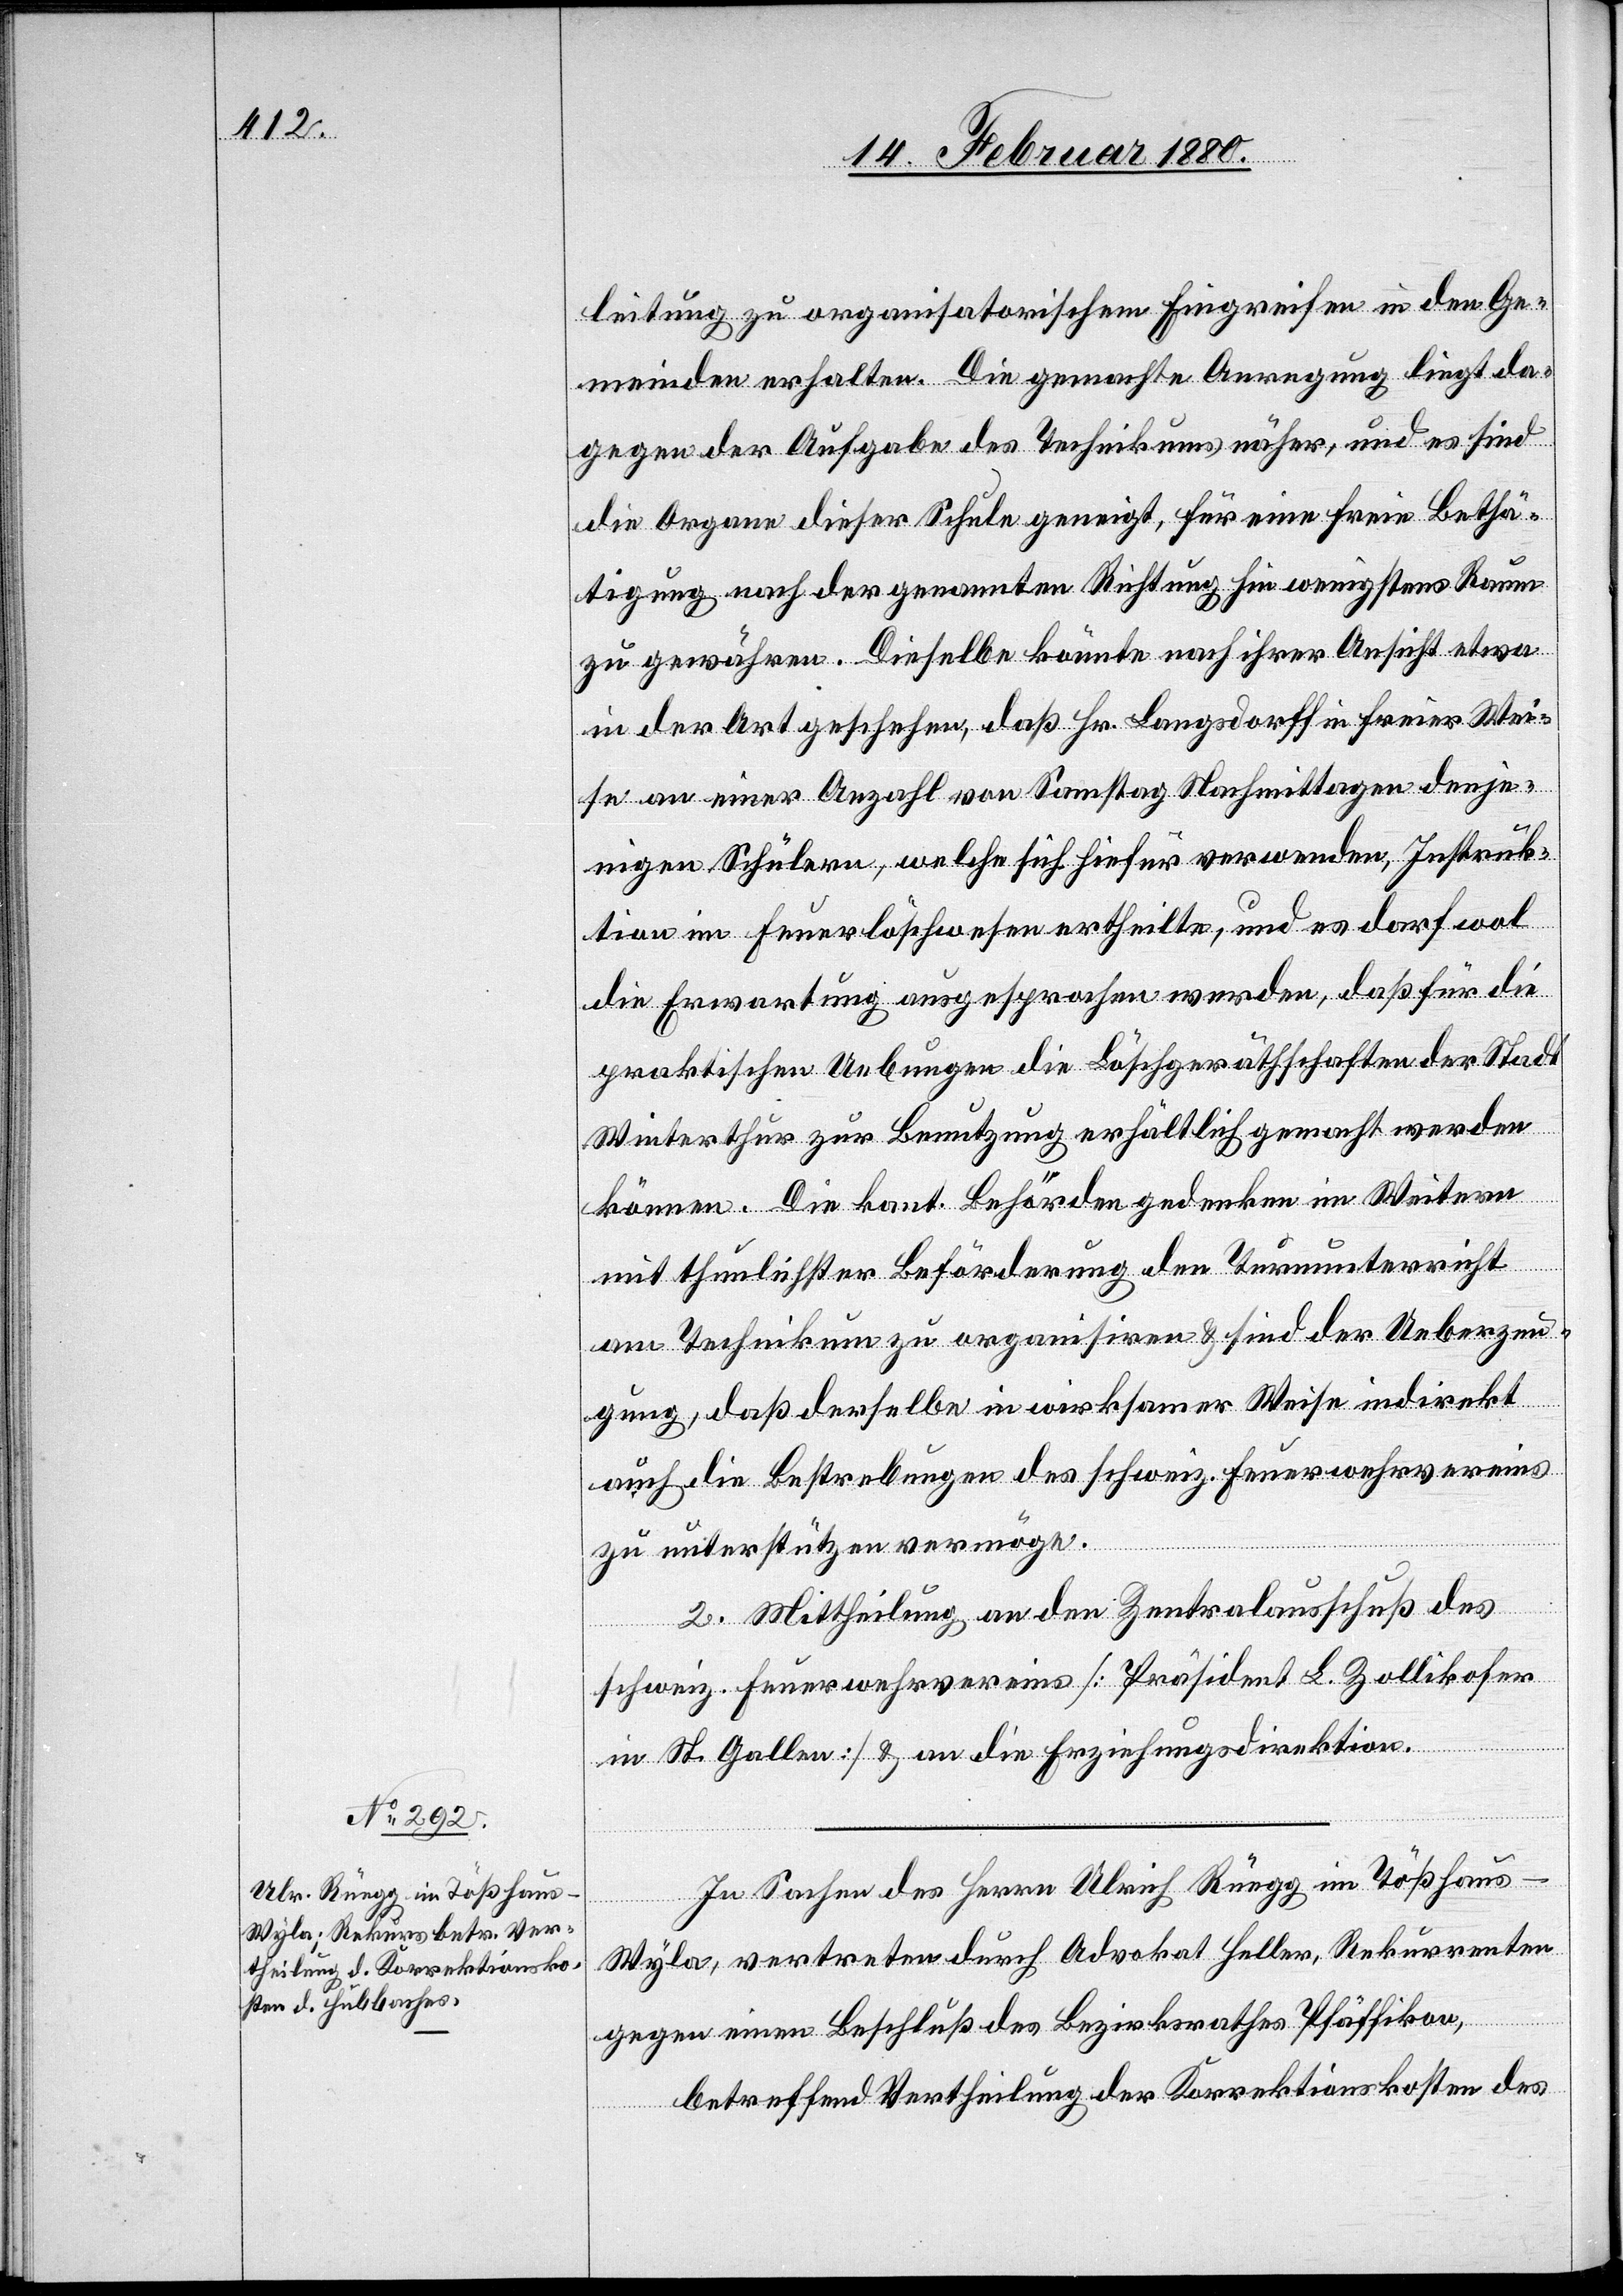
leitung zu organisatorischem Eingreifen in den Ge¬
meinden erhalten. Die gemachte Anregung liegt da¬
gegen der Aufgabe des Technikums näher, und es sind
die Organe dieser Schule geneigt, für eine freie Bethä¬
tigung nach der genannten Richtung hin wenigstens Raum
zu gewähren. Dieselbe könnte nach ihrer Ansicht etwa
in der Art geschehen, daß Hr. Langsdorff in freier Wei¬
se an einer Anzahl von Samstag Nachmittagen denje¬
nigen Schülern, welche sich hiefür verwenden, Instruk¬
tion im Feuerlöschwesen ertheilte, und es darf wol
die Erwartung ausgesprochen werden, daß für die
praktischen Uebungen die Löschgerätschaften der Stadt
Winterthur zur Benutzung erhältlich gemacht werden
können. Die kant. Behörden gedenken im Weitern
mit thunlichster Beförderung den Turnunterricht
am Technikum zu organisiren & sind der Ueberzeu¬
gung, daß derselbe in wirksamer Weise indirekt
auch die Bestrebungen des schweiz. Feuerwehrvereins
zu unterstützen vermöge.
2. Mittheilung an den Zentralausschuß des
schweiz. Feuerwehrvereins [Präsident L. Zollikofer
in St. Gallen] & an die Erziehungsdirektion.
In Sachen des Herrn Ulrich Rüegg im Tößhaus
Wyla, vertreten durch Advokat Heller, Rekurrenten
gegen einen Beschluß des Bezirksrathes Pfäffikon,
betreffend Vertheilung der Korrektionskosten des